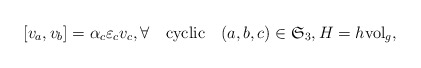
\begin{align*} [v_a,v_b] = \alpha_c \varepsilon_cv_c,\forall\quad\mbox{cyclic}\quad(a,b,c)\in \mathfrak{S}_3,H=h\mathrm{vol}_g,\end{align*}